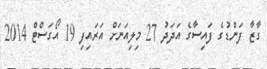
ގާޒާ ފަންޑުގެ ފައިސާގެ އަދަދު 27 މިލިއަނަށް އަރައިފި 19 އޯގަސްޓް 2014